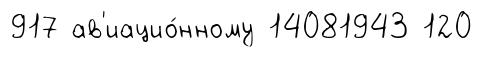
917 ав'иацио́нному 14081943 120